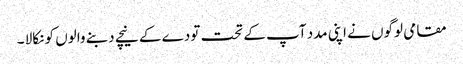
مقامی لوگوں نے اپنی مدد آپ کے تحت تودے کے نیچے دبنے والوں کو نکالا ۔